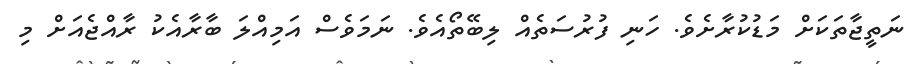
ނަތީޖާތަކަށް މަޑުކުރާށެވެ. ހަނި ފުރުސަތެއް ލިބޭތޯއެވެ. ނަމަވެސް އަމިއްލަ ބާރާއެކު ރާއްޖެއަށް މި